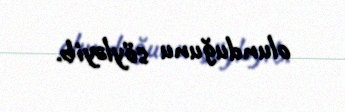
olunduğunu söyləyib.